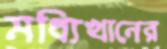
মধ্যিখানের